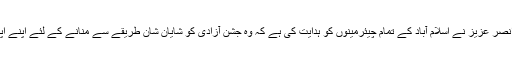
دوسری جانب میئر اسلام آباد شیخ انصر عزیز نے اسلام آباد کے تمام چیئرمینوں کو ہدایت کی ہے کہ وہ جشن آزادی کو شایان شان طریقے سے منانے کے لئے اپنے اپنے حلقوں میں جھنڈے تقسیم کریں۔